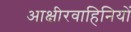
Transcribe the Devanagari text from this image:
आक्षीरवाहिनियों